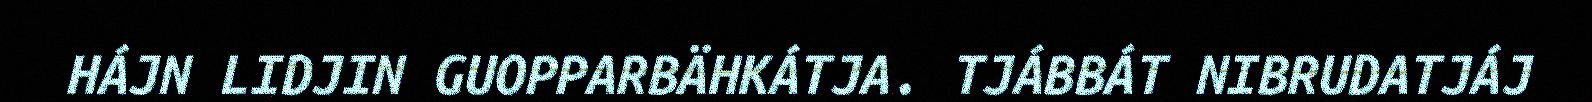
HÁJN LIDJIN GUOPPARBÄHKÁTJA. TJÁBBÁT NIBRUDATJÁJ